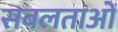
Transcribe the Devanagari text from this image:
सबलताओं